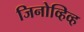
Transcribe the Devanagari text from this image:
जिनोव्हिव्ह